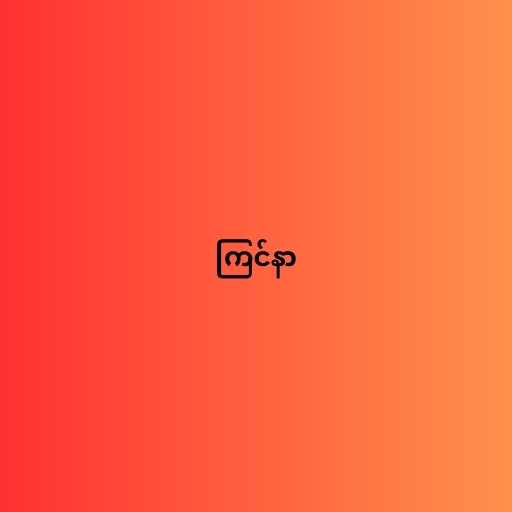
ကြင်နာ